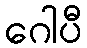
ဂေါပီ